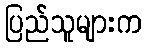
ပြည်သူများက